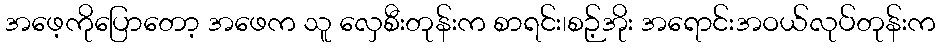
အဖေ့ကိုပြောတော့ အဖေက သူ လှေစီးတုန်းက စာရင်း၊စဉ့်အိုး အရောင်းအဝယ်လုပ်တုန်းက